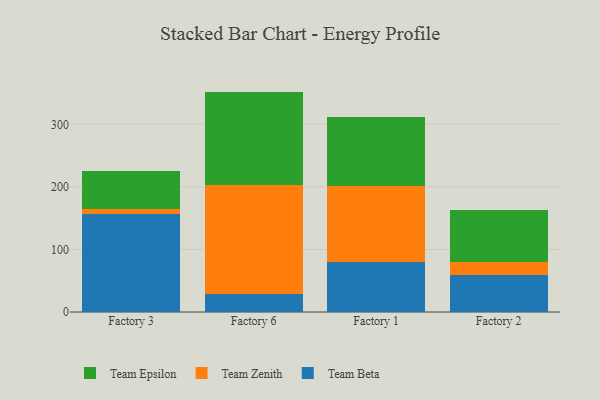
{"axis": {"x": "Factory", "y": "Website Visitors"}, "legend": ["Team Beta", "Team Epsilon", "Team Zenith"], "data": [{"x": "Factory 3", "y": 156.3, "type": "Team Beta"}, {"x": "Factory 3", "y": 8.9, "type": "Team Zenith"}, {"x": "Factory 3", "y": 59.4, "type": "Team Epsilon"}, {"x": "Factory 6", "y": 28.3, "type": "Team Beta"}, {"x": "Factory 6", "y": 174.3, "type": "Team Zenith"}, {"x": "Factory 6", "y": 149.7, "type": "Team Epsilon"}, {"x": "Factory 1", "y": 80.2, "type": "Team Beta"}, {"x": "Factory 1", "y": 120.8, "type": "Team Zenith"}, {"x": "Factory 1", "y": 111.3, "type": "Team Epsilon"}, {"x": "Factory 2", "y": 59.9, "type": "Team Beta"}, {"x": "Factory 2", "y": 19.9, "type": "Team Zenith"}, {"x": "Factory 2", "y": 83.2, "type": "Team Epsilon"}]}